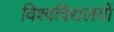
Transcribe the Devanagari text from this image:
विश्वविद्यलयों